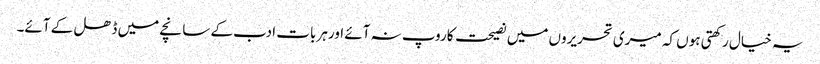
یہ خیال رکھتی ہوں کہ میری تحریروں میں نصیحت کاروپ نہ آئے اورہر بات ادب کے سانچے میں ڈھل کے آئے۔